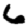
Digit: 6